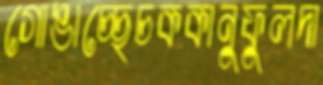
গোঙাচ্ছেচককানুফুলদা